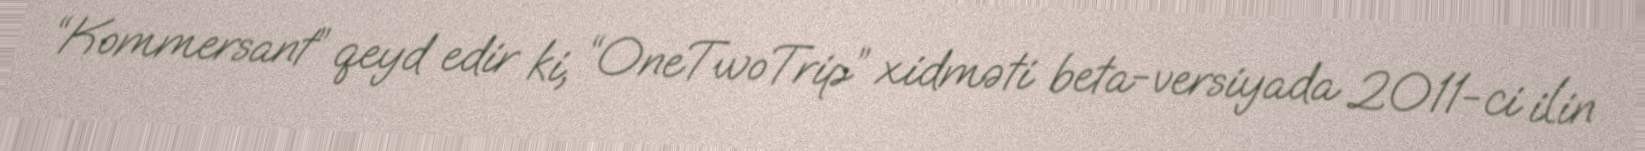
“Kommersant” qeyd edir ki, “OneTwoTrip” xidməti beta-versiyada 2011-ci ilin